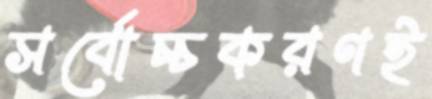
সর্বোচ্চকরণই